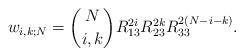
LaTeX: \begin{align*}w_{i,k;N}=\binom{N}{i,k}R_{13}^{2i}R_{23}^{2k}R_{33}^{2(N-i-k)}.\end{align*}